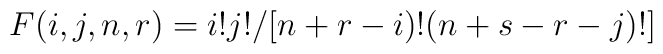
F(i,j,n,r)=i!j!/[n+r-i)!(n+s-r-j)!]